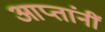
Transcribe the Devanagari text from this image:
आप्तांनीं